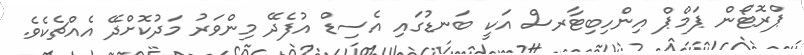
ޕްރޮޓޯން ޕަމްޕް އިންހިބިޓާރސް އަކީ ބަނޑުގައި އެސިޑް އުފެދޭ މިންވަރު މަދުކޮށްދޭ އެއްޗެކެވެ.